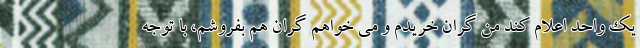
یک واحد اعلام کند من گران خریدم و می خواهم گران هم بفروشم، با توجه